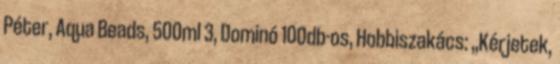
Péter, Aqua Beads, 500ml 3, Dominó 100db-os, Hobbiszakács: „Kérjetek,